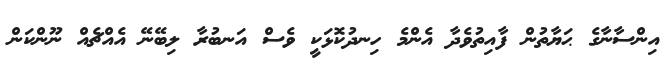
އިންސާނާގެ ޙަޔާތުން ފާއިތުވެދާ އެންމެ ހިނދުކޮޅަކީ ވެސް އަނބުރާ ލިބޭނޭ އެއްޗެއް ނޫންކަން